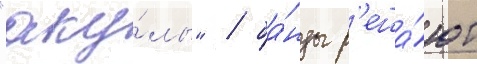
"аку́лы" / ба́нды р'еша́ют